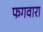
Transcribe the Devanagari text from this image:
फगवारा